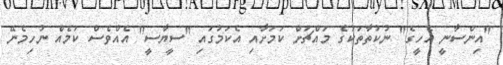
"އިންސާނީ އެހީގެ" ނުކުތާތަކުގެ މައްޗަށް ކަމަށާއި އެކަމުގައި "ސީޔާސީ" އެއްވެސް ކަމެއް ނުހިމެނޭ